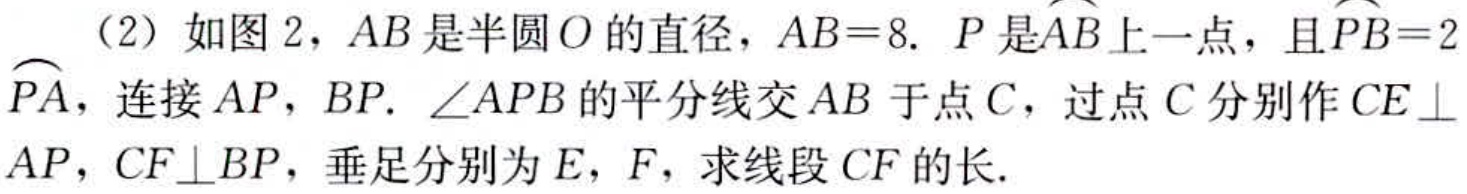
（2）如图2，$AB$是半圆$O$的直径，$AB = 8$. $P$是$\overset{\frown}{AB}$上一点，且$\overset{\frown}{PB}=2\overset{\frown}{PA}$，连接$AP$，$BP$. $\angle APB$的平分线交$AB$于点$C$，过点$C$分别作$CE\perp AP$，$CF\perp BP$，垂足分别为$E$，$F$，求线段$CF$的长.